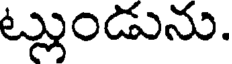
ట్లుండును.